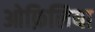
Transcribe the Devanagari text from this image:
ओफ़िलिया